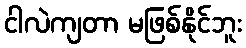
ငါလဲကျတာ မဖြစ်နိုင်ဘူး